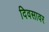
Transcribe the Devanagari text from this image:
दिवसावर